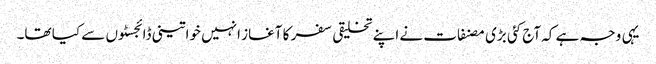
یہی وجہ ہے کہ آج کئی بڑی مصنفات نے اپنے تخلیقی سفر کا آغاز انہیں خواتینی ڈائجسٹوں سے کیا تھا۔